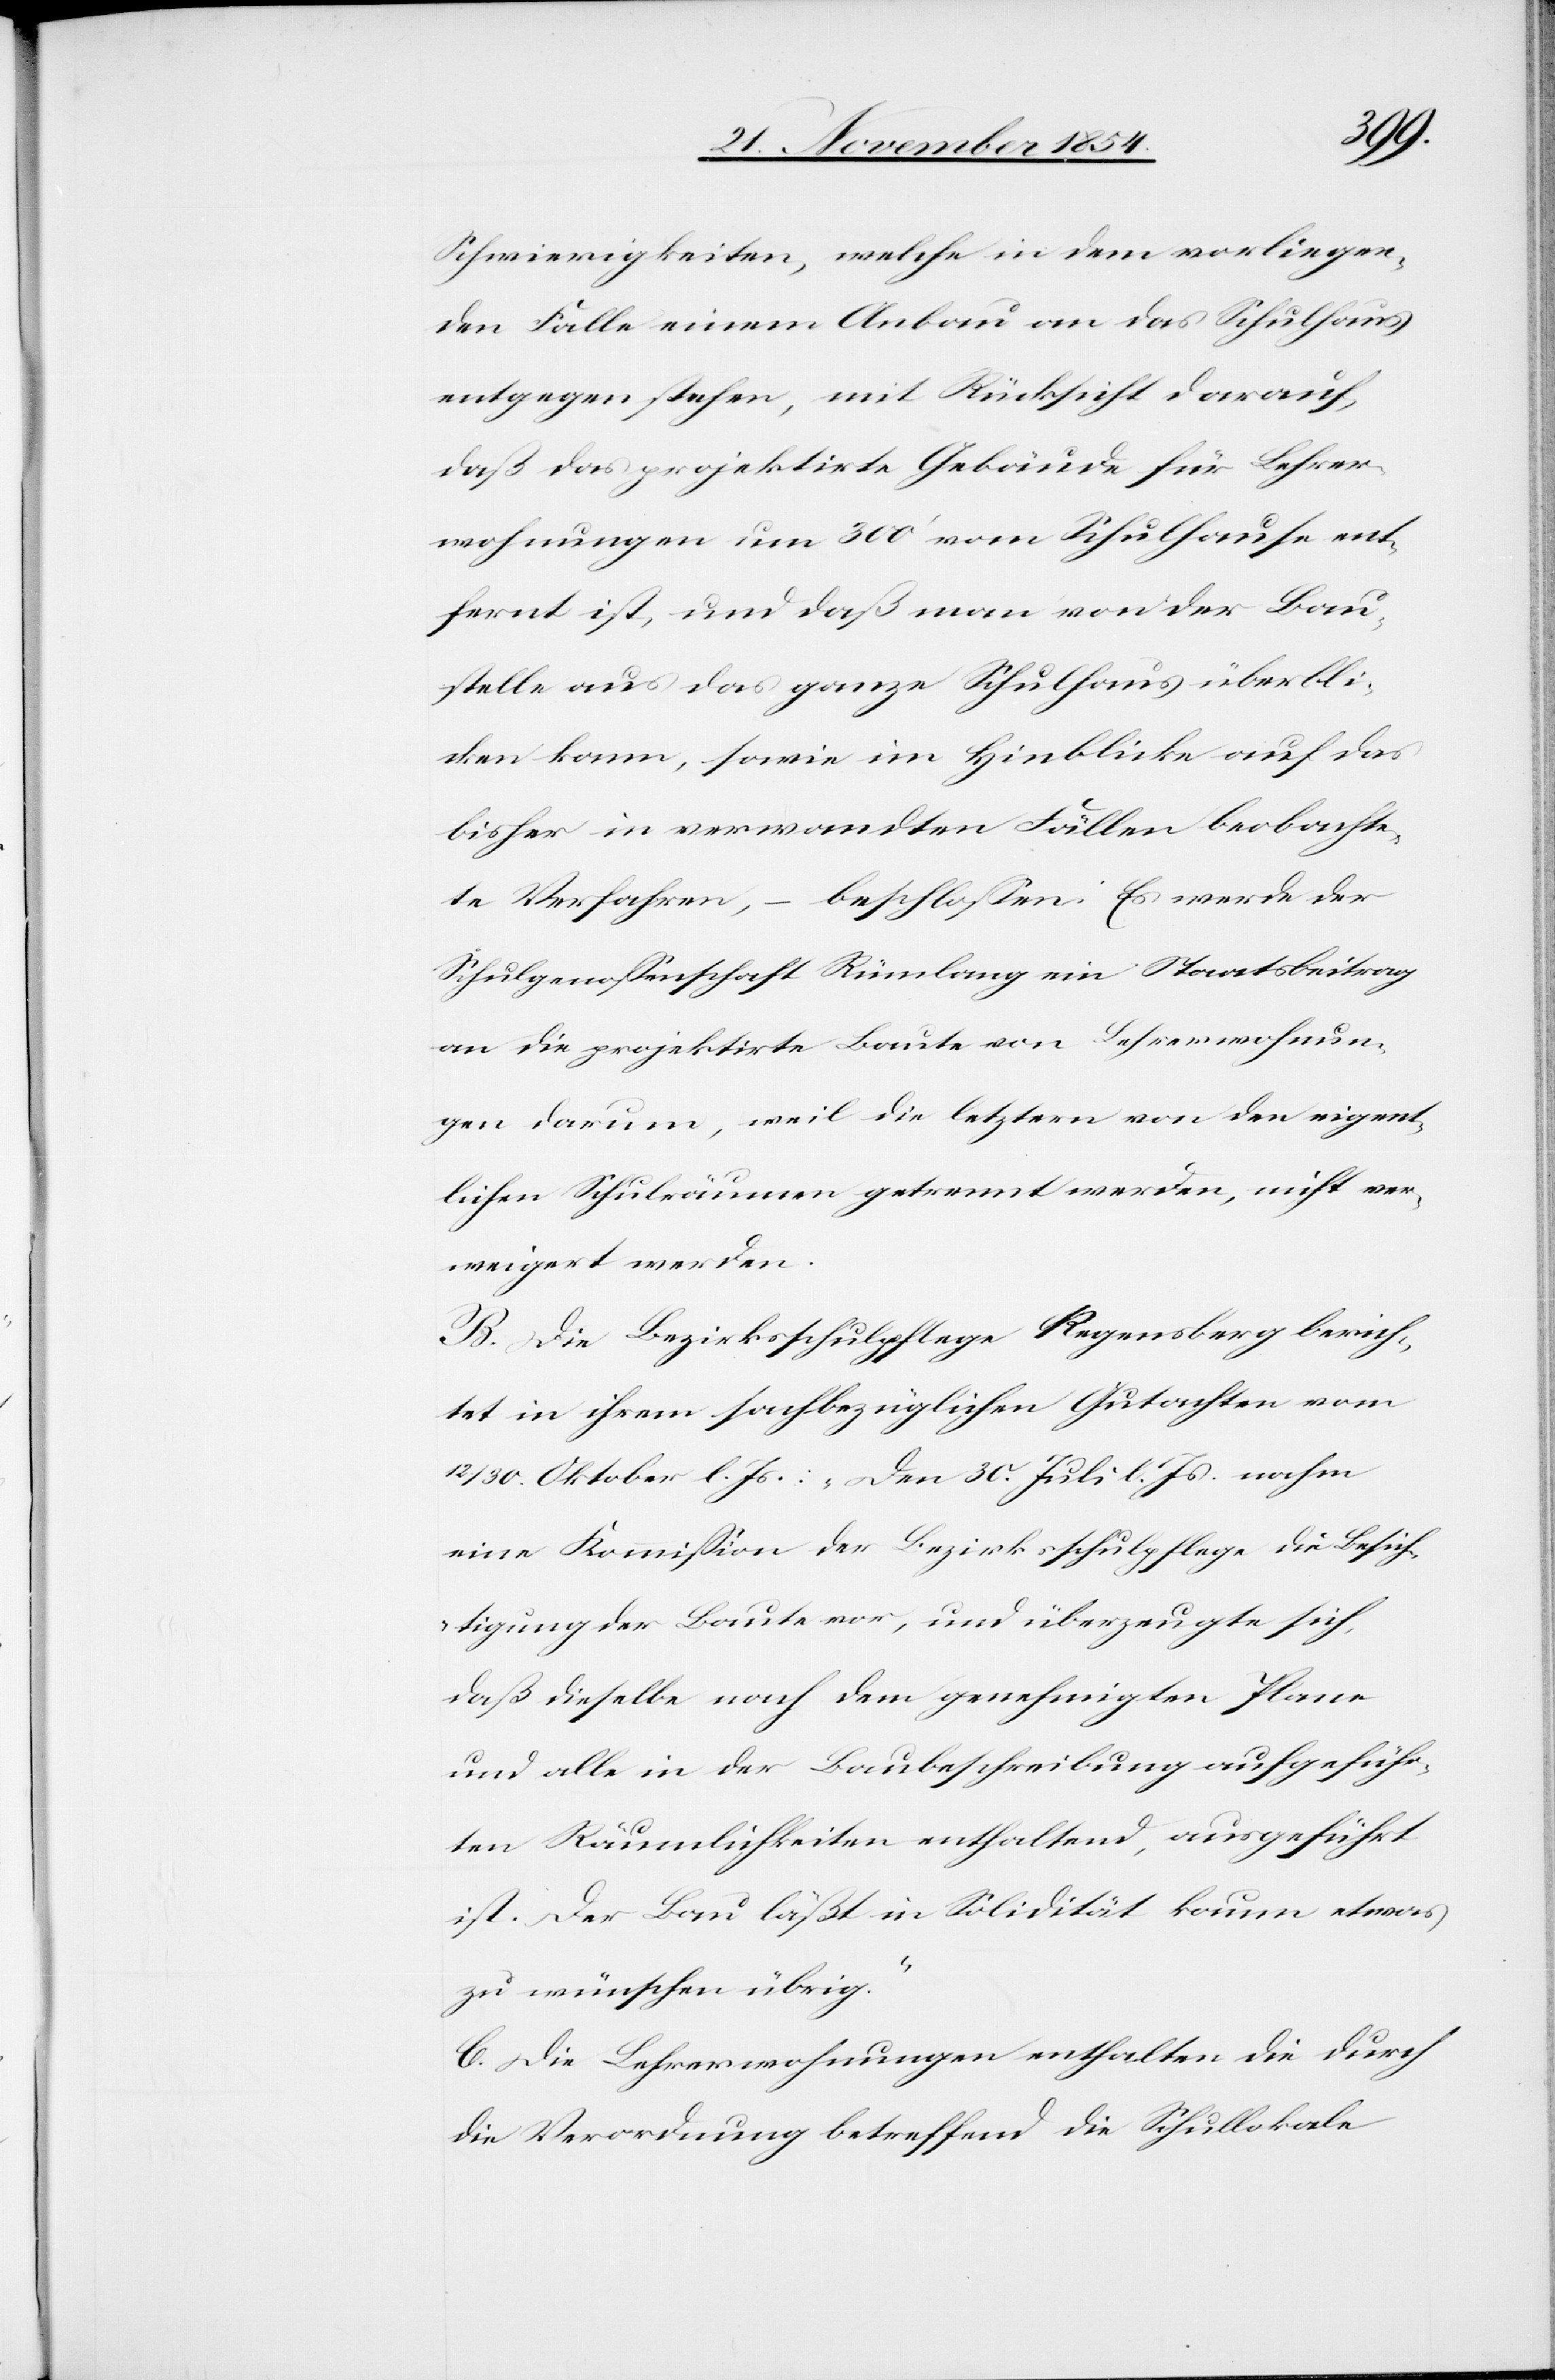
Schwierigkeiten, welche in dem vorliegen¬
den Falle einem Anbau an das Schulhaus
entgegen stehen, mit Rücksicht darauf,
daß das projektirte Gebäude für Lehrer¬
wohnungen um 300‘ vom Schulhause ent¬
fernt ist, und daß man von der Bau¬
stelle aus das ganze Schulhaus überbli¬
cken kann, sowie im Hinblick auf das
bisher in verwandten Fällen beobachte¬
beschloßen: Es werde der
te Verfahren,
Schulgenoßenschaft Rümlang ein Staatsbeitrag
an die projektirte Baute von Lehrerwohnun¬
gen darum, weil die letztern von den eigent¬
lichen Schulräumen getrennt werden, nicht ver¬
weigert werden.
B. Die Bezirksschulpflege Regensberg berich¬
tet in ihrem sachbezüglichen Gutachten vom
12/30. Oktober l. Js.: „Den 30. Juli l. Js. nahm
eine Kommißion der Bezirksschulpflege die Besich¬
tigung der Baute vor, und überzeugte sich,
daß dieselbe nach dem genehmigten Plane
und alle in der Baubeschreibung aufgeführ¬
ten Räumlichkeiten enthaltend, ausgeführt
ist. Der Bau läßt in Solidität kaum etwas
zu wünschen übrig.“
C. Die Lehrerwohnungen enthalten die durch
die Verordnung betreffend die Schullokale